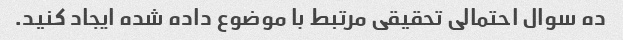
ده سوال احتمالی تحقیقی مرتبط با موضوع داده شده ایجاد کنید.